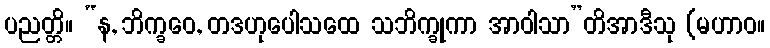
ပညတ္တိ။ “န, ဘိက္ခဝေ, တဒဟုပေါသထေ သဘိက္ခုကာ အာဝါသာ”တိအာဒီသု (မဟာဝ။